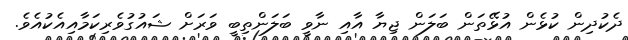
ދެކުދިން ކުޅެން އުޅޭތަން ބަލަން ޖިޔާ އާއި ނާވީ ބަލަންތިބީ ވަރަށް ޝައުގުވެރިކަމާއިއެކުއެވެ.